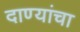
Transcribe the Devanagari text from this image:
दाण्यांचा